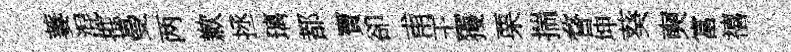
萋混摧曼两歉拯璃都寶卻甫王獲栗揣瞀坤葵奭富禧